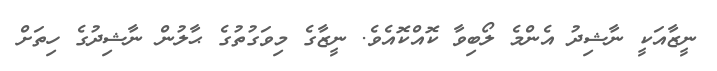
ނީޒާއަކީ ނާޝިދު އެންމެ ލޯބިވާ ކޮއްކޮއެވެ. ނީޒާގެ މިވަގުތުގެ ޙާލުން ނާޝިދުގެ ހިތަށް